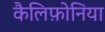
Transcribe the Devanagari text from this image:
कैलिफ़ोनिया